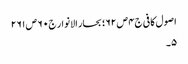
اصول کافی ج٤ ص ٦٢؛ بحار الانوار ج٠ ٦ ص ٢٦١
٥۔